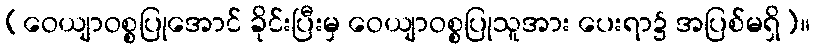
(ဝေယျာဝစ္စပြုအောင် ခိုင်းပြီးမှ ဝေယျာဝစ္စပြုသူအား ပေးရာ၌ အပြစ်မရှိ)။